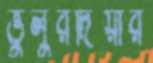
ভুলুরদিয়ার